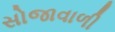
સોજાવાળી